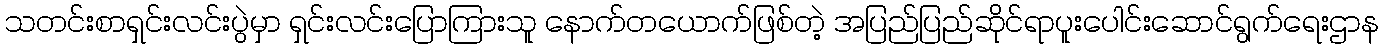
သတင်းစာရှင်းလင်းပွဲမှာ ရှင်းလင်းပြောကြားသူ နောက်တယောက်ဖြစ်တဲ့ အပြည်ပြည်ဆိုင်ရာပူးပေါင်းဆောင်ရွက်ရေးဌာန